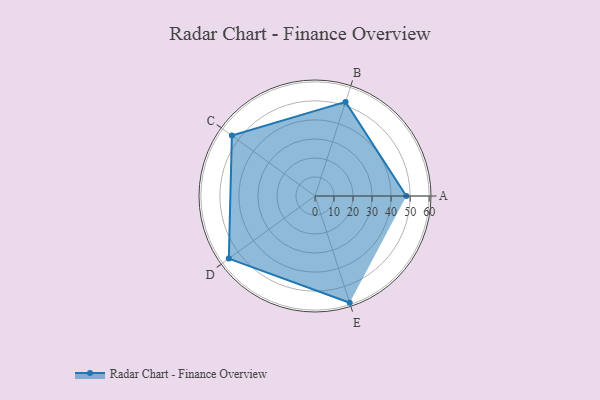
{"axis": {"x": "Skill", "y": "Score"}, "legend": ["Profile"], "data": [{"x": "A", "y": 48.0, "type": "Profile"}, {"x": "B", "y": 52.0, "type": "Profile"}, {"x": "C", "y": 54.0, "type": "Profile"}, {"x": "D", "y": 56.0, "type": "Profile"}, {"x": "E", "y": 59.0, "type": "Profile"}]}